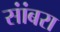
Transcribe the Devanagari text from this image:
सांंबरा